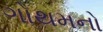
ગોથમનો